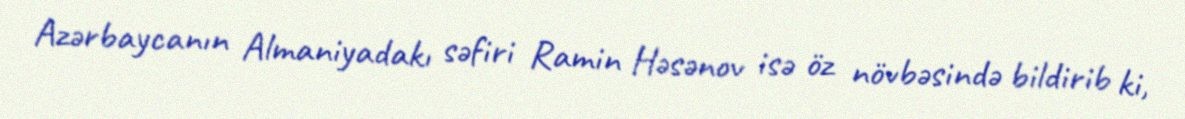
Azərbaycanın Almaniyadakı səfiri Ramin Həsənov isə öz növbəsində bildirib ki,